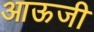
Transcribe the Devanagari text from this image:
आऊजी